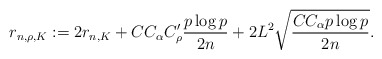
\begin{align*}r_{n,\rho,K}:=2r_{n,K}+CC_\alpha C_\rho'\frac{p\log p}{2n}+2L^2\sqrt{\frac{CC_\alpha p\log p}{2n}}.\end{align*}